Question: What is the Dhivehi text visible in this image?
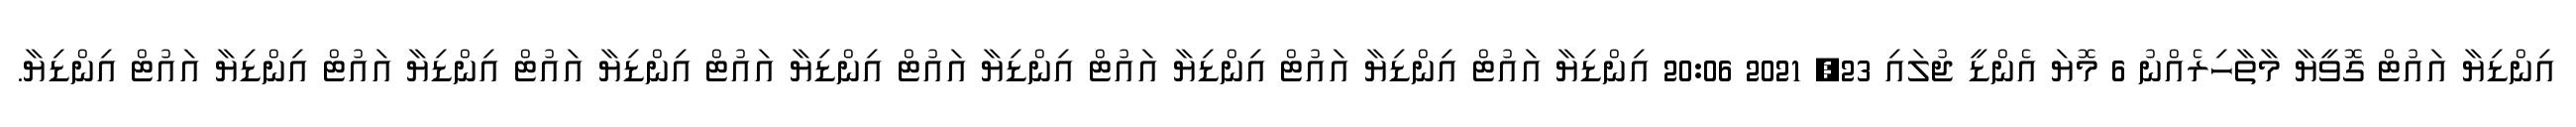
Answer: އިންޑިޔާ އައުޓް ގޮވީޔާ މާތާހިރެއްނު 6 މޮޔަ އެންޑީ ޖުލައި 23, 2021 20:06 އިންޑިޔާ އައުޓް އިންޑިޔާ އައުޓް އިންޑިޔާ އައުޓް އިންޑިޔާ އައުޓް އިންޑިޔާ އައުޓް އިންޑިޔާ އައުޓް އިންޑިޔާ އައުޓް އިންޑިޔާ އައުޓް އިންޑިޔާ.